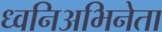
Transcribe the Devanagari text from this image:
ध्वनिअभिनेता